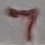
Text: 7